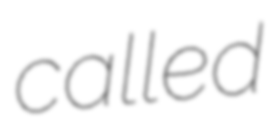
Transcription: called